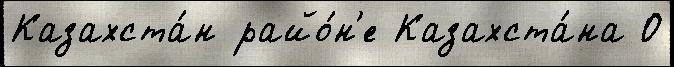
Казахста́н райо́н'е Казахста́на О